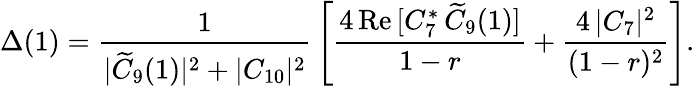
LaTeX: \Delta(1)={\frac{1}{|\widetilde C_{9}(1)|^{2}+|C_{10}|^{2}}}\left[{\frac{4\, \mathrm{Re}\, [C_{7}^{*}\, \widetilde C_{9}(1)]}{1-r}}+{\frac{4\, |C_{7}|^{2}}{(1-r)^{2}}}\right].